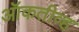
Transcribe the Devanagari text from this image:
ऑकतीव्ह